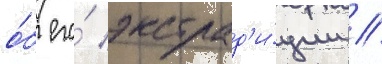
о́б его́ экстрад'и́ции //